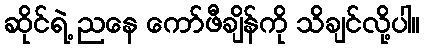
ဆိုင်ရဲ့ ညနေ ကော်ဖီချိန်ကို သိချင်လို့ပါ။